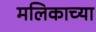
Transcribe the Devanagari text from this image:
मलिकाच्या